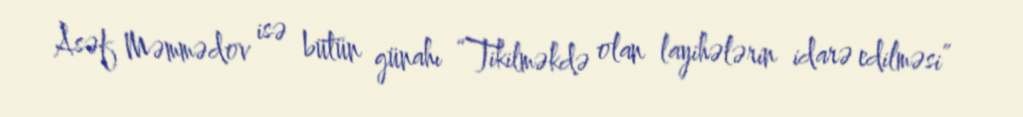
Asəf Məmmədov isə bütün günahı “Tikilməkdə olan layihələrin idarə edilməsi”